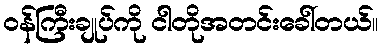
၀န်ကြီးချုပ်ကို ငါတိုအတင်းခေါ်တယ်။